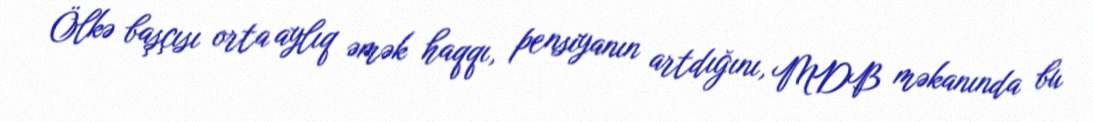
Ölkə başçısı orta aylıq əmək haqqı, pensiyanın artdığını, MDB məkanında bu